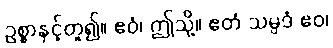
ဥစ္စာနှင့်တူ၍။ ဧဝံ၊ ဤသို့။ ဧတံ သမ္ပဒံ ဧဝ၊